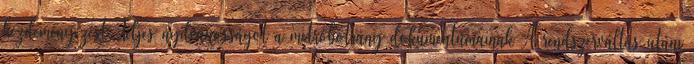
kezdeményezést Teljes nyilvánosságot a metróbotrány dokumentumainak A rendszerváltás utáni